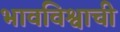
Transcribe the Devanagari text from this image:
भावविश्वाची